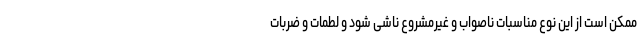
ممکن است از این نوع مناسبات ناصواب و غیرمشروع ناشی شود و لطمات و ضربات